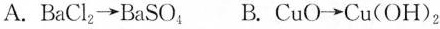
A. BaCl_{2} \rightarrow BaSO_{4} B. CuO \rightarrow Cu(OH)2_{2}